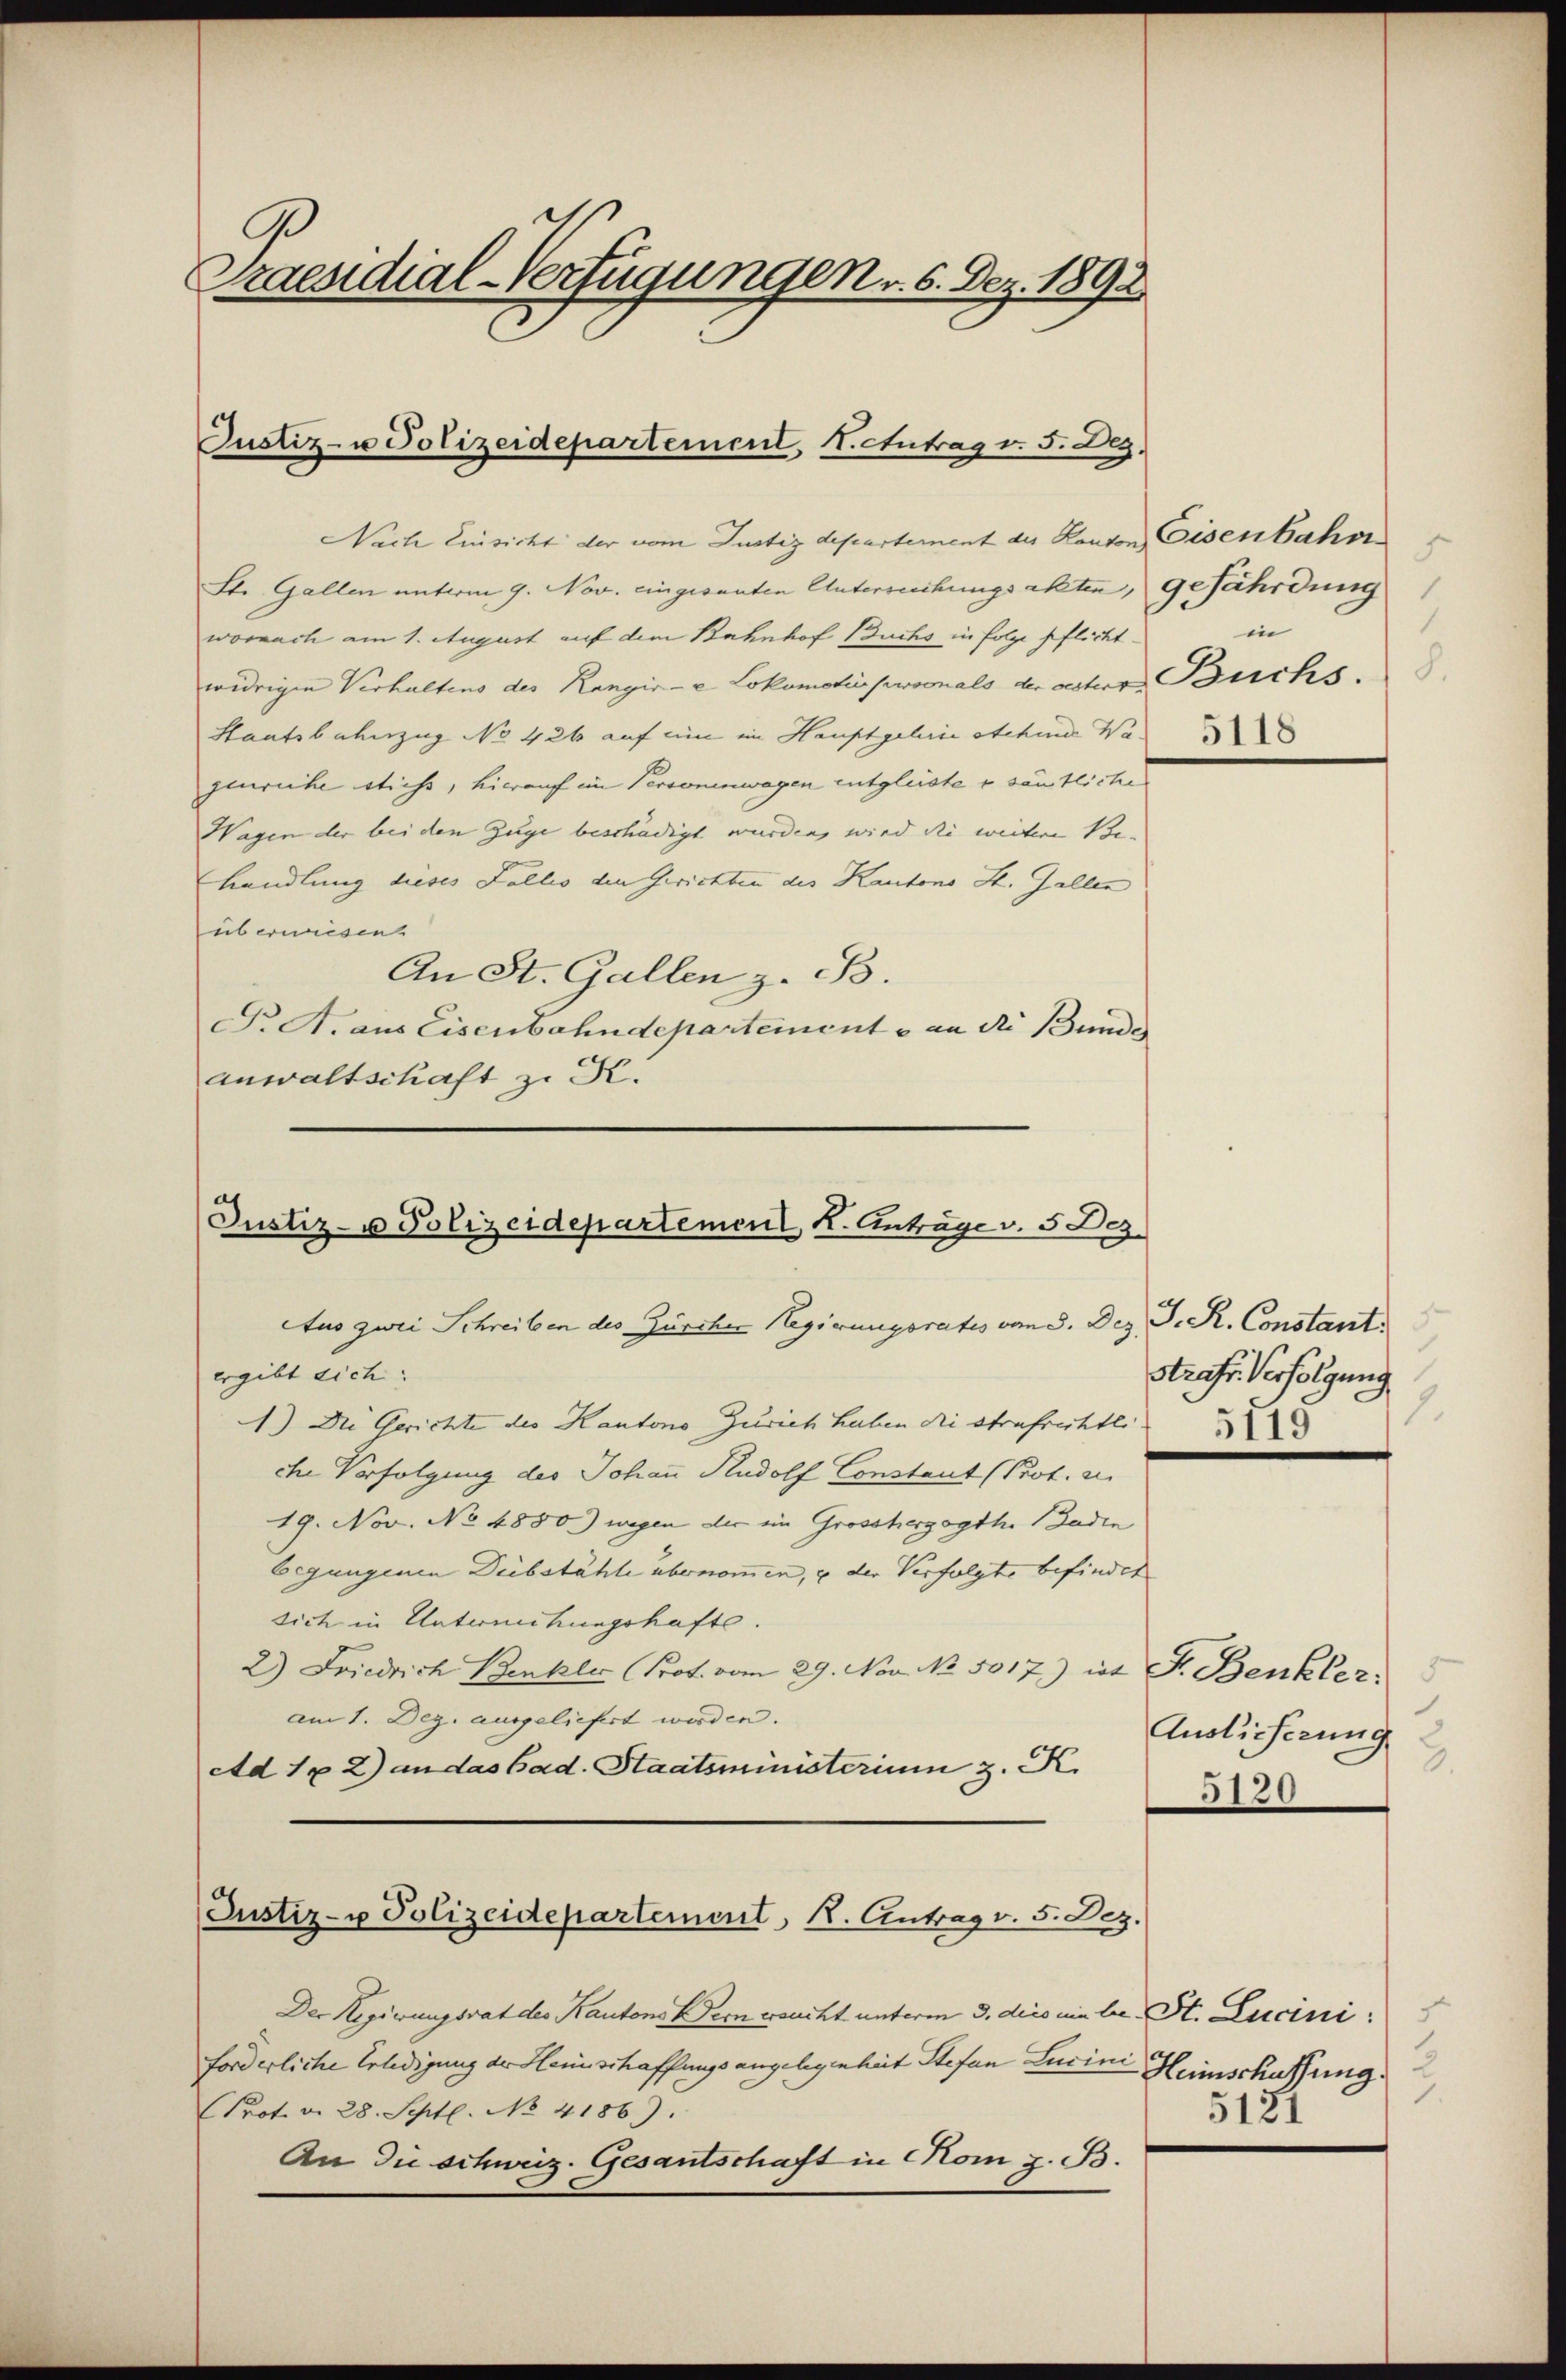
Praesidial-Verfügungen v. 6. Dez. 1892

Justiz- u Polizeidepartement, 1. Antrag v. 5. Dez.

Justiz- u Polizeidepartement K. Anträge v. 5 Dez.

Nach Einsicht der vom Justizdepartement des Kanton Eisenbahr
Str. Gallen unterm 9. Nov. eingesanten Untersuchungsakten, gefährdung
wornach am 1. August auf dem Bahnhof Buchs in folge pflicht.
widrigen Verhaltens des Rangir- & Lokomotio possonals der veter Buchs.
Staatsbahnzug No 426 auf ein im Hauptgelerie atchmes Wa
jenriche Stichs, hierauf im Personenwagen entgleiste e sämtliche
Wagen der bei den Zuge beschädigt wurden, wird die weitere Be-
handlung dieses Falles den Gerichten des Kantons St. Gallen
überweisen
An St. Gallen z. B.
Tr A. aus Eisenbahndepartemente an die Bunde
anwaltschaft z. K.

Aus zwei Schreiben des Zürcher Regierungsrates vom 5. Dez. J. R. Constant
ergibt sich:
1.) Die Gerichte des Kantons Zürich haben die Strafrechtli
che Verfolgung des Johann Rudolf Constant (Prot. z
19. Nov. No 4850) wegen der ein Grossherzogth. Baden
begangenen Diebstähle übernommen, u der Verfolgte befindet
sich in Unternitungshafte.
2) Friedrich Benkler (Prot. vom 29. Nov. No. 5017.) ist Fr. Benkler,
am 1. Dez. ausgeliefert werden.
Ad 1x 2) an das Gad. Staatsministerium 3. R
Justiz- u Polizeidepartement, K. Antrag v. 5. Dez.

Der Regierungsrat des Kantons Bern ersucht unterm 3. dies ein bei St. Lucini
forderliche Erledigung der Heinschaffungsangelegenheit Stefan Lucini Heimschaffung
Prot. d. 28. Sept. No. 4186).
An die schweiz. Gesantschaft in Rom z. B.

F
1
in

strafe Verfolgung

Auslieferung
3.
5120

5131